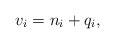
\begin{align*}v_i = n_i + q_i,\end{align*}